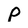
Character: P